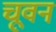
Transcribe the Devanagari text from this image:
चूवन